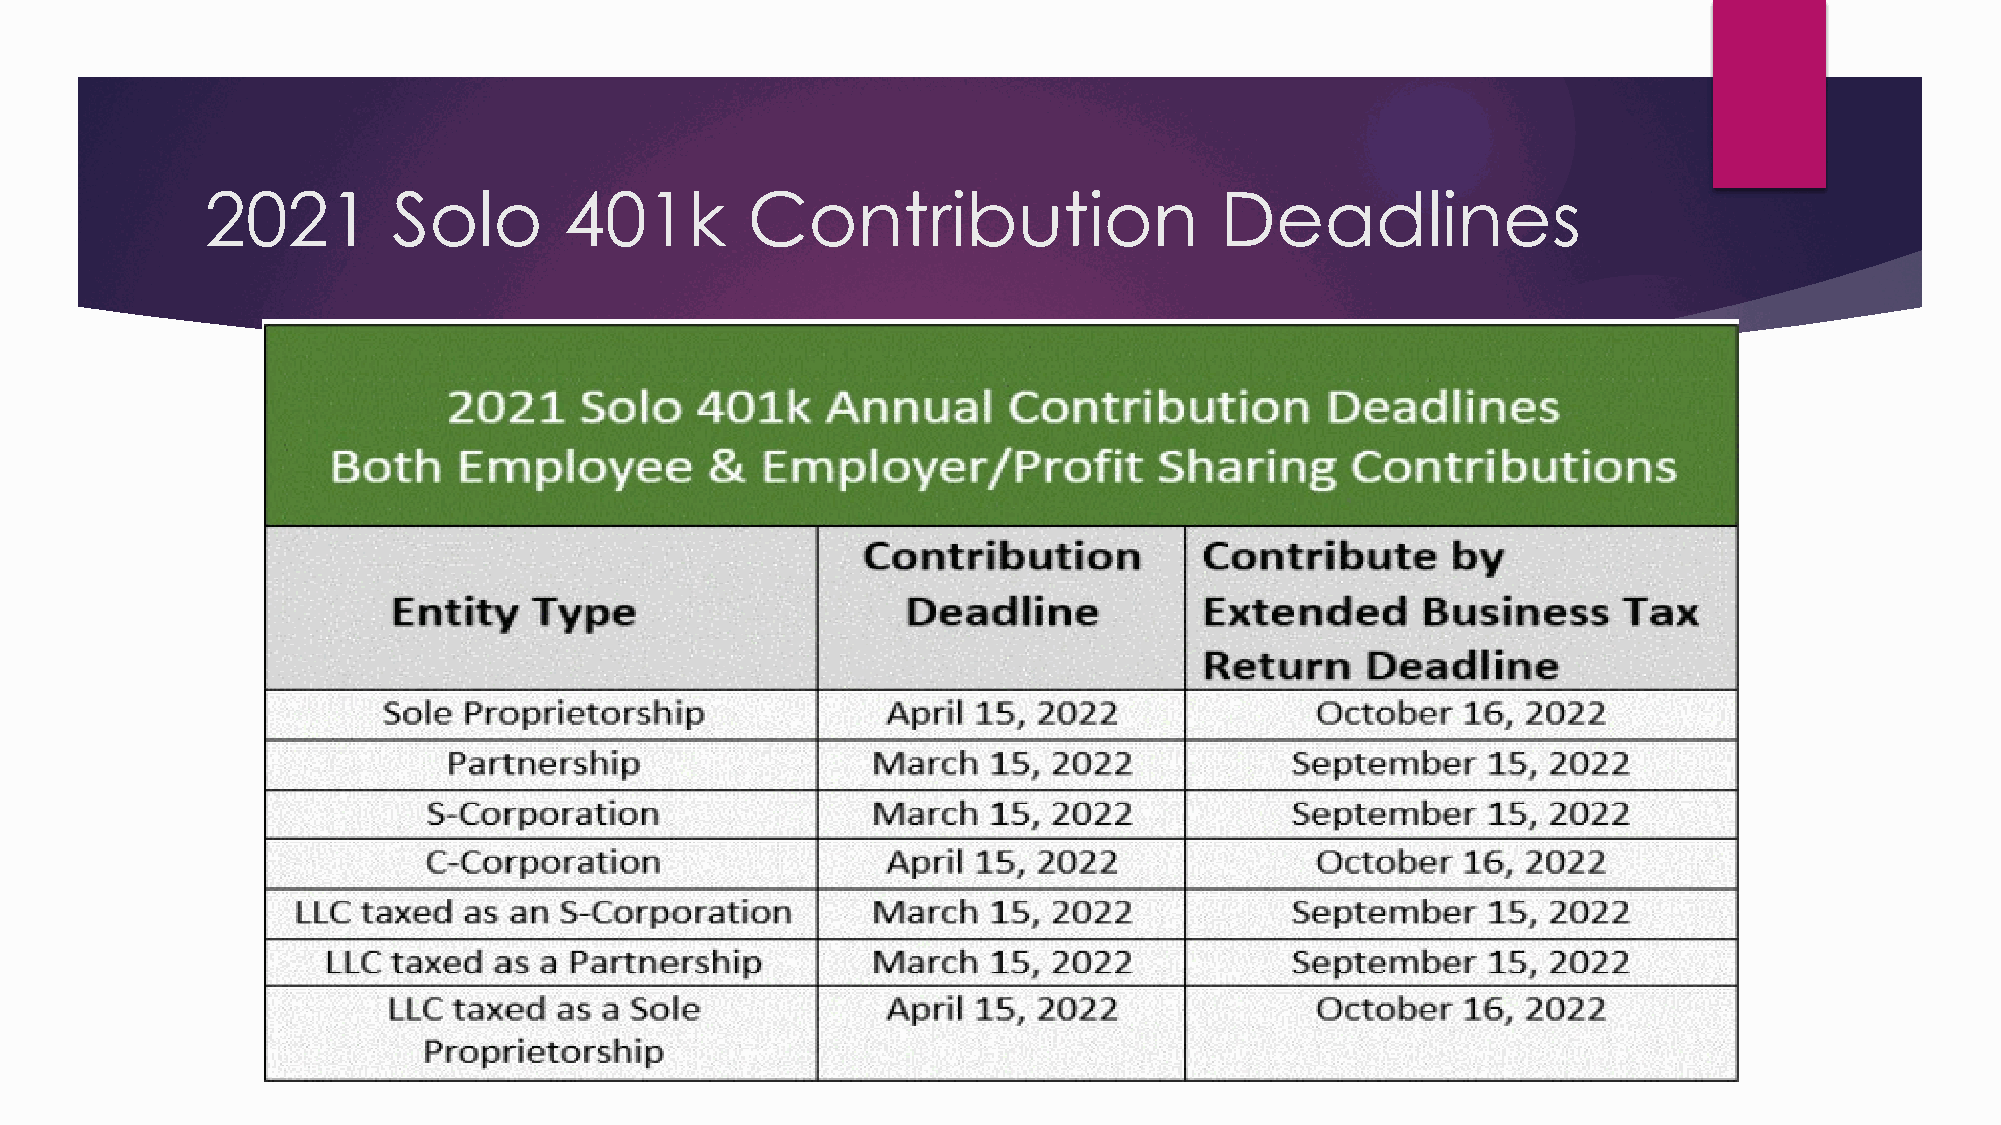
2021        Solo       401k        Contribution                    Deadlines